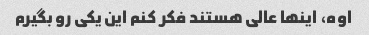
اوه، اینها عالی هستند فکر کنم این یکی رو بگیرم